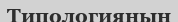
Типологиянын